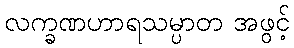
လက္ခဏဟာရသမ္ပာတ အဖွင့်